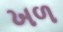
ખળ